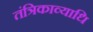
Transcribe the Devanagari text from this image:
तंत्रिकाव्याधि